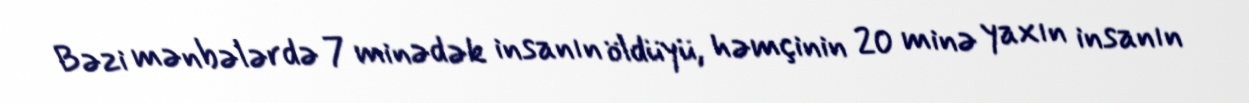
Bəzi mənbələrdə 7 minədək insanın öldüyü, həmçinin 20 minə yaxın insanın